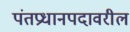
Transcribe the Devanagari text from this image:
पंतप्रधानपदावरील